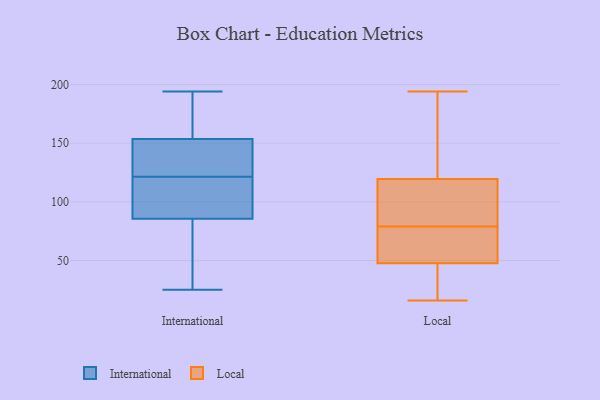
{"axis": {"x": "Latency (ms)", "y": "Value"}, "legend": ["International", "Local"], "data": [{"x": "", "y": 149, "type": "International"}, {"x": "", "y": 180, "type": "International"}, {"x": "", "y": 25, "type": "International"}, {"x": "", "y": 112, "type": "International"}, {"x": "", "y": 158, "type": "International"}, {"x": "", "y": 85, "type": "International"}, {"x": "", "y": 111, "type": "International"}, {"x": "", "y": 132, "type": "International"}, {"x": "", "y": 118, "type": "International"}, {"x": "", "y": 194, "type": "International"}, {"x": "", "y": 125, "type": "International"}, {"x": "", "y": 44, "type": "International"}, {"x": "", "y": 59, "type": "International"}, {"x": "", "y": 141, "type": "International"}, {"x": "", "y": 168, "type": "International"}, {"x": "", "y": 86, "type": "International"}, {"x": "", "y": 85, "type": "Local"}, {"x": "", "y": 169, "type": "Local"}, {"x": "", "y": 112, "type": "Local"}, {"x": "", "y": 110, "type": "Local"}, {"x": "", "y": 16, "type": "Local"}, {"x": "", "y": 20, "type": "Local"}, {"x": "", "y": 194, "type": "Local"}, {"x": "", "y": 47, "type": "Local"}, {"x": "", "y": 86, "type": "Local"}, {"x": "", "y": 122, "type": "Local"}, {"x": "", "y": 182, "type": "Local"}, {"x": "", "y": 26, "type": "Local"}, {"x": "", "y": 67, "type": "Local"}, {"x": "", "y": 63, "type": "Local"}, {"x": "", "y": 60, "type": "Local"}, {"x": "", "y": 144, "type": "Local"}, {"x": "", "y": 50, "type": "Local"}, {"x": "", "y": 37, "type": "Local"}, {"x": "", "y": 79, "type": "Local"}]}